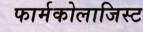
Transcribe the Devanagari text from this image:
फार्मकोलाजिस्ट